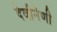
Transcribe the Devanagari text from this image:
देवीनेणी